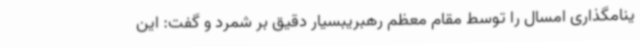
ینامگذاری امسال را توسط مقام معظم رهبریبسیار دقیق بر شمرد و گفت: این